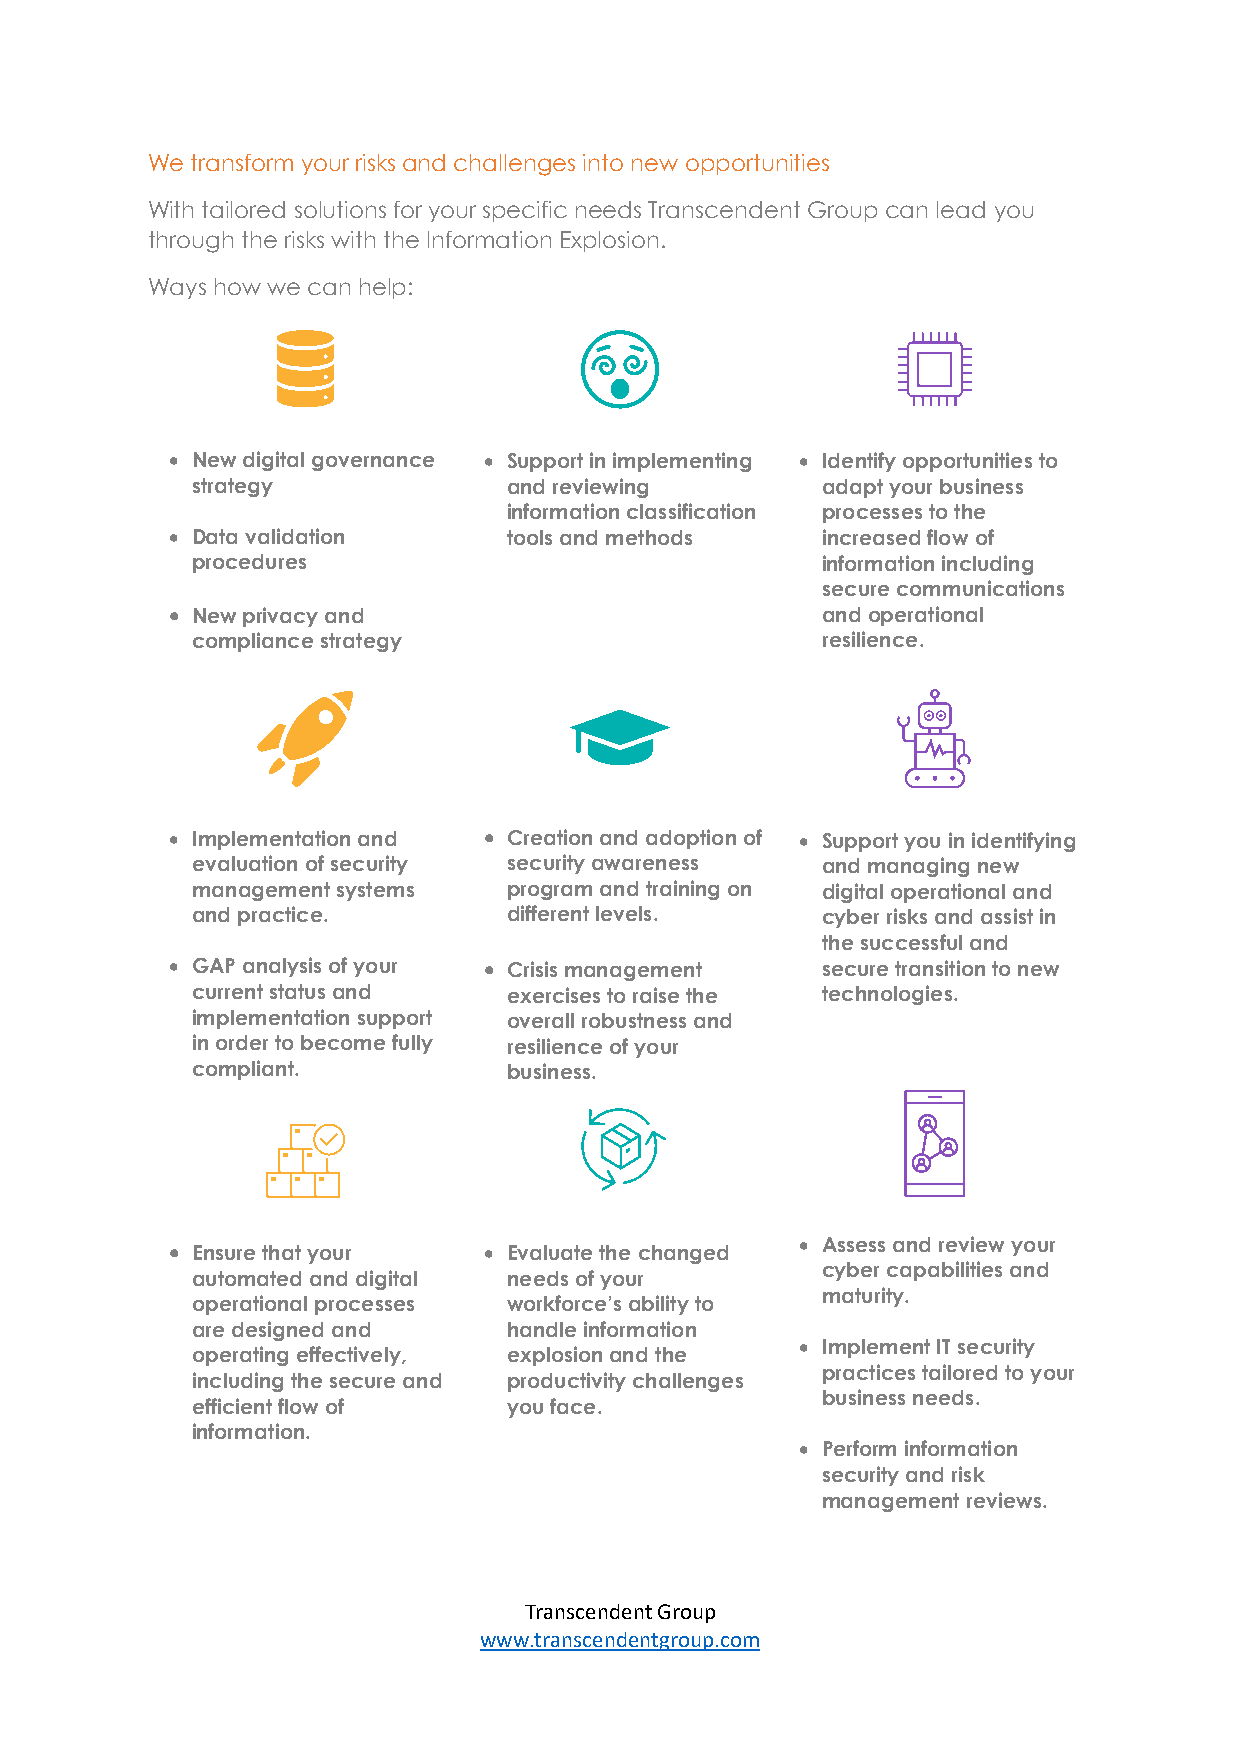
We transform your risks and challenges into new opportunities
 With tailored solutions for your specific needs Transcendent Group can lead you
 through the risks with the Information Explosion.
 Ways how we can help:
 • New digital governance • Support in implementing • Identify opportunities to
 strategy             and reviewing       adapt your business
 information classification processes to the
 • Data validation      tools and methods   increased flow of
 procedures                               information including
 secure communications
 • New privacy and                          and operational
 compliance strategy                      resilience.
 • Implementation and • Creation and adoption of • Support you in identifying
 evaluation of security security awareness and managing new
 management systems   program and training on digital operational and
 and practice.        different levels.   cyber risks and assist in
 the successful and
 • GAP analysis of your • Crisis management secure transition to new
 current status and   exercises to raise the technologies.
 implementation support overall robustness and
 in order to become fully resilience of your
 compliant.           business.
 • Assess and review your
 • Ensure that your   • Evaluate the changed
 cyber capabilities and
 automated and digital needs of your
 maturity.
 operational processes workforce’s ability to
 are designed and     handle information
 • Implement IT security
 operating effectively, explosion and the
 practices tailored to your
 including the secure and productivity challenges
 business needs.
 efficient flow of    you face.
 information.
 • Perform information
 security and risk
 management reviews.
 Transcendent Group
 www.transcendentgroup.com